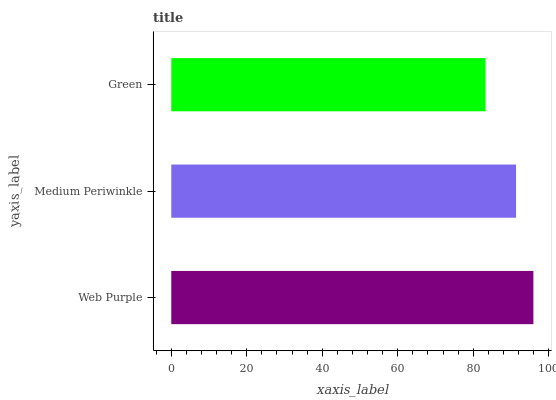
| yaxis_label | bars |
 | --- | --- |
 | Web Purple | 95.9 |
 | Medium Periwinkle | 91.3 |
 | Green | 83.3 |